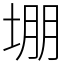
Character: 堋